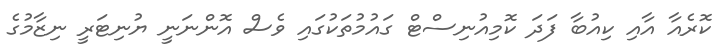
ކޮރެއާ އާއި ކިއުބާ ފަދަ ކޮމިއުނިސްޓް ގައުމުތަކުގައި ވެސް އޮންނަނީ ޔުނިޓަރީ ނިޒާމުގެ